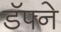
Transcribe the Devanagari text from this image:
डॅफ्ने